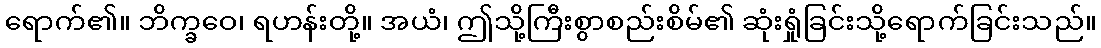
ရောက်၏။ ဘိက္ခဝေ၊ ရဟန်းတို့။ အယံ၊ ဤသို့ကြီးစွာစည်းစိမ်၏ ဆုံးရှုံခြင်းသို့ရောက်ခြင်းသည်။